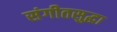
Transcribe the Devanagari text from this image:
संगीतसुद्धा